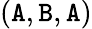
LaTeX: (\mathtt{A},\mathtt{B},\mathtt{A})